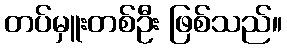
တပ်မှူးတစ်ဦး ဖြစ်သည်။